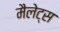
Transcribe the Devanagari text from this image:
मैलेट्स